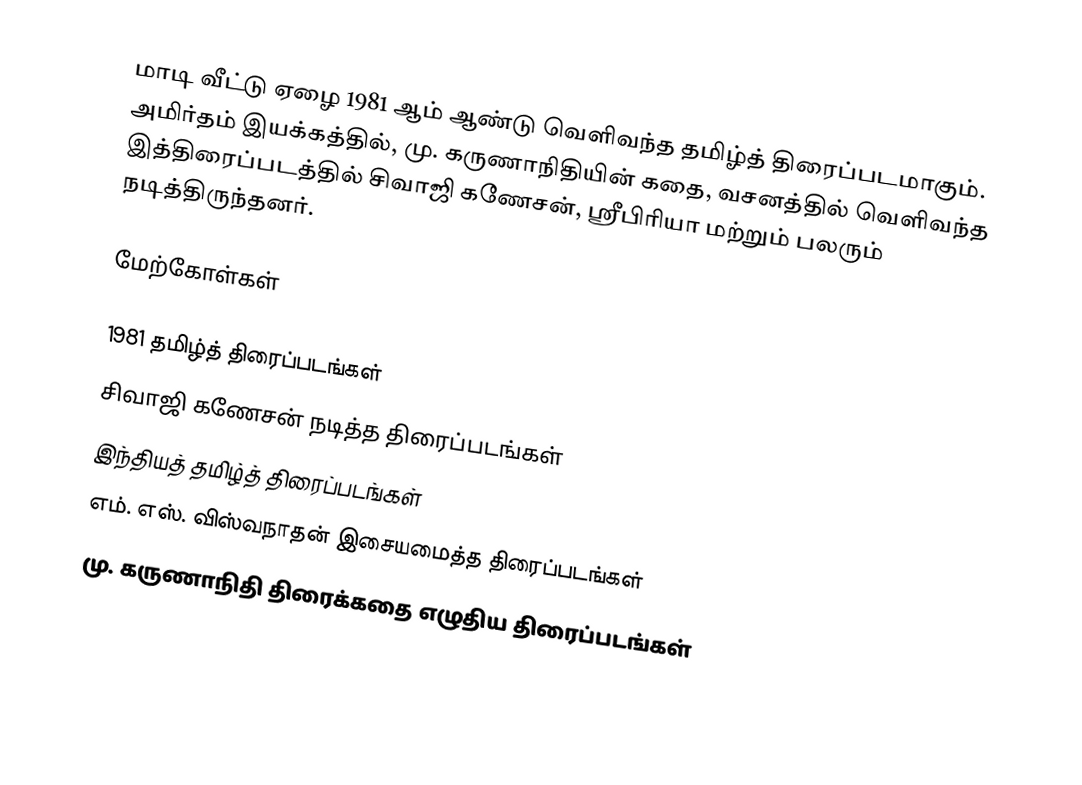
மாடி வீட்டு ஏழை 1981 ஆம் ஆண்டு வெளிவந்த தமிழ்த் திரைப்படமாகும். அமிர்தம் இயக்கத்தில், மு. கருணாநிதியின்  கதை, வசனத்தில் வெளிவந்த இத்திரைப்படத்தில் சிவாஜி கணேசன், ஸ்ரீபிரியா மற்றும் பலரும் நடித்திருந்தனர்.

மேற்கோள்கள்

1981 தமிழ்த் திரைப்படங்கள்
சிவாஜி கணேசன் நடித்த திரைப்படங்கள்
இந்தியத் தமிழ்த் திரைப்படங்கள்
எம். எஸ். விஸ்வநாதன் இசையமைத்த திரைப்படங்கள்
மு. கருணாநிதி திரைக்கதை எழுதிய திரைப்படங்கள்